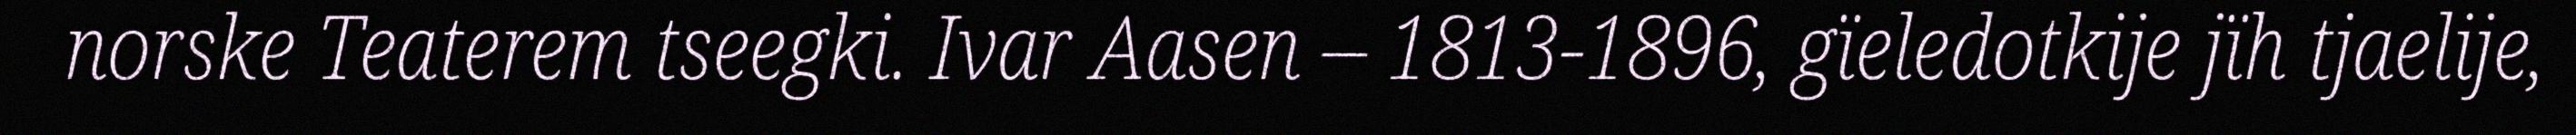
norske Teaterem tseegki. Ivar Aasen – 1813-1896, gïeledotkije jïh tjaelije,